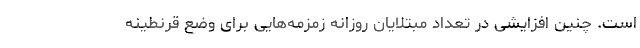
است. چنین افزایشی در تعداد مبتلایان روزانه زمزمه‌هایی برای وضع قرنطینه